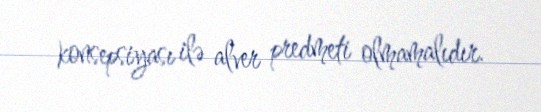
konsepsiyası ilə alver predmeti olmamalıdır.